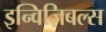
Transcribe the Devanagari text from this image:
इन्विज़िबल्स